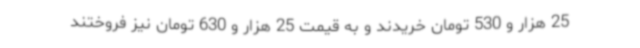
25 هزار و 530 تومان خریدند و به قیمت 25 هزار و 630 تومان نیز فروختند